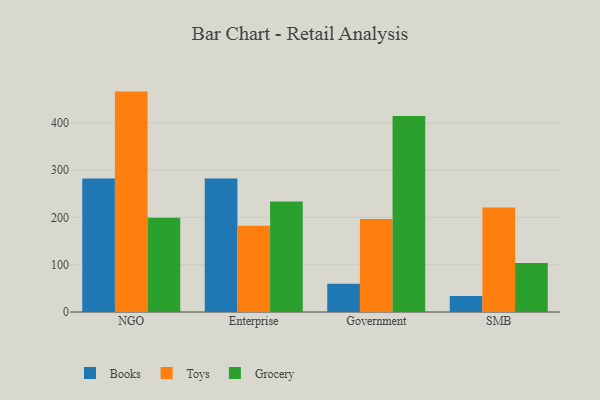
{"axis": {"x": "Segment", "y": "Conversion Rate (%)"}, "legend": ["Books", "Grocery", "Toys"], "data": [{"x": "NGO", "y": 282.4, "type": "Books"}, {"x": "NGO", "y": 465.8, "type": "Toys"}, {"x": "NGO", "y": 199.2, "type": "Grocery"}, {"x": "Enterprise", "y": 282.2, "type": "Books"}, {"x": "Enterprise", "y": 182.1, "type": "Toys"}, {"x": "Enterprise", "y": 233.3, "type": "Grocery"}, {"x": "Government", "y": 59.5, "type": "Books"}, {"x": "Government", "y": 196.7, "type": "Toys"}, {"x": "Government", "y": 414.1, "type": "Grocery"}, {"x": "SMB", "y": 33.8, "type": "Books"}, {"x": "SMB", "y": 221.0, "type": "Toys"}, {"x": "SMB", "y": 103.4, "type": "Grocery"}]}